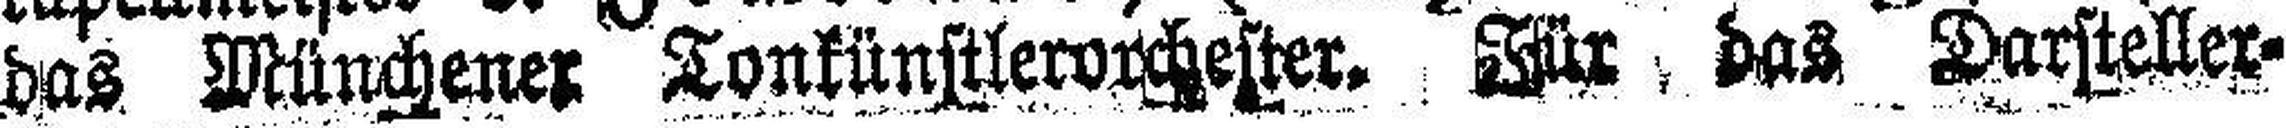
das Münchener Tonkünstlerorchester. Für das Darsteller¬